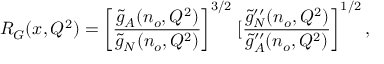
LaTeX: R _ { G } ( x , Q ^ { 2 } ) = \left[ \frac { \widetilde { g } _ { A } ( n _ { o } , Q ^ { 2 } ) } { \widetilde { g } _ { N } ( n _ { o } , Q ^ { 2 } ) } \right] ^ { 3 / 2 } \left. [ \frac { \widetilde { g } _ { N } ^ { \prime \prime } ( n _ { o } , Q ^ { 2 } ) } { \widetilde { g } _ { A } ^ { \prime \prime } ( n _ { o } , Q ^ { 2 } ) } \right] ^ { 1 / 2 } ,